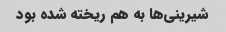
شیرینی‌ها به هم ریخته شده بود